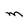
Character: M